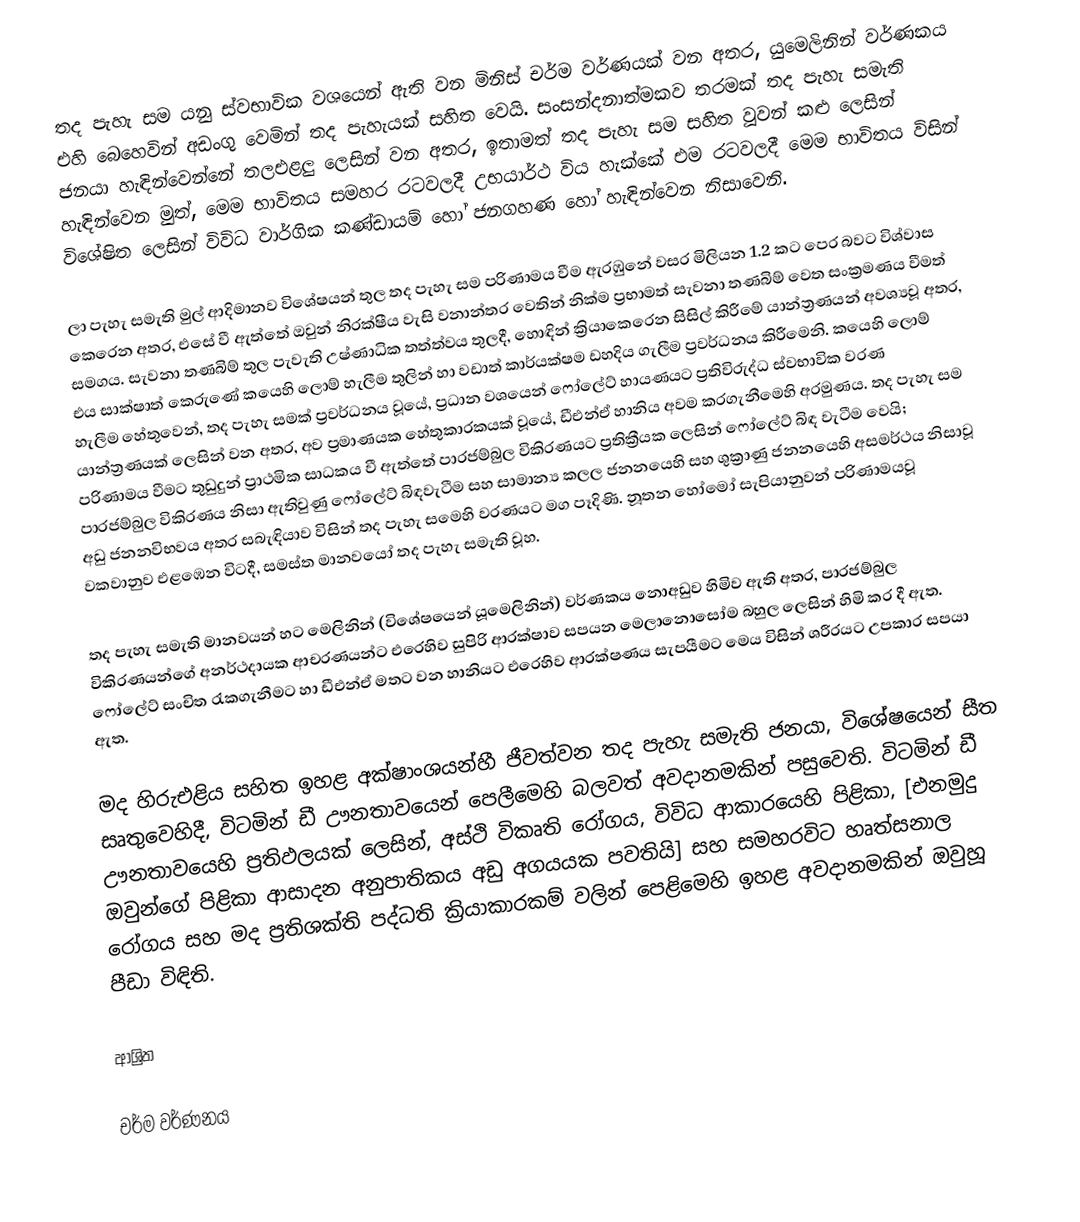
තද පැහැ සම යනු ස්වභාවික වශයෙන් ඇති වන මිනිස් චර්ම වර්ණයක් වන අතර,  යුමෙලිනින් වර්ණකය එහි බෙහෙවින් අඩංගු වෙමින් තද පැහැයක් සහිත වෙයි. සංසන්දනාත්මකව තරමක් තද පැහැ සමැති ජනයා හැඳින්වෙන්නේ තලඑළලු ලෙසින් වන අතර, ඉතාමත් තද පැහැ සම සහිත වූවන්   කළු ලෙසින් හැඳින්වෙන මුත්, මෙම භාවිතය සමහර රටවලදී උභයාර්ථ විය හැක්කේ එම රටවලදී මෙම භාවිතය විසින් විශේෂිත ලෙසින් විවිධ වාර්ගික කණ්ඩායම් හෝ ජනගහණ හෝ හැඳින්වෙන නිසාවෙනි.

ලා පැහැ සමැති මුල් ආදිමානව විශේෂයන් තුල  තද පැහැ සම පරිණාමය වීම ඇරඹුනේ වසර මිලියන 1.2 කට පෙර බවට විශ්වාස කෙරෙන අතර, එසේ වී ඇත්තේ ඔවුන් නිරක්ෂීය වැසි වනාන්තර වෙතින් නික්ම  ප්‍රභාමත් සැවනා තණබිම් වෙත සංක්‍රමණය වීමත් සමගය.  සැවනා තණබිම් තුල පැවැති උෂ්ණාධික තත්ත්වය තුලදී, හොඳින් ක්‍රියාකෙරෙන සිසිල් කිරීමේ යාන්ත්‍රණයන් අවශ්‍යවූ අතර, එය සාක්ෂාත් කෙරුණේ කයෙහි ලොම් හැලීම තුලින් හා වඩාත් කාර්යක්ෂම  ඩහදිය ගැලීම ප්‍රවර්ධනය කිරීමෙනි. කයෙහි ලොම් හැලීම හේතුවෙන්, තද පැහැ සමක් ප්‍රවර්ධනය වූයේ, ප්‍රධාන වශයෙන් ෆෝලේට් හායණයට ප්‍රතිවිරුද්ධ ස්වභාවික වරණ යාන්ත්‍රණයක් ලෙසින් වන අතර, අව ප්‍රමාණයක හේතුකාරකයක් වූයේ, ඩීඑන්ඒ හානිය අවම කරගැනීමෙහි අරමුණය. තද පැහැ සම පරිණාමය වීමට තුඩුදුන් ප්‍රාථමික සාධකය වී ඇත්තේ පාරජම්බුල විකිරණයට ප්‍රතික්‍රීයක ලෙසින් ෆෝලේට් බිඳ වැටීම වෙයි; පාරජම්බුල විකිරණය නිසා ඇතිවුණු ෆෝලේට් බිඳවැටීම සහ සාමාන්‍ය  කලල ජනනයෙහි සහ ශුක්‍රාණු ජනනයෙහි අසමර්ථය නිසාවූ අඩු ජනනවිභවය අතර සබැඳියාව විසින් තද පැහැ සමෙහි වරණයට මග පෑදිණි. නූතන හෝමෝ සැපියානුවන් පරිණාමයවූ වකවානුව එළඹෙන විටදී, සමස්ත මානවයෝ තද පැහැ සමැති වූහ.

තද පැහැ සමැති මානවයන් හට මෙලිනින් (විශේෂයෙන්  යූමෙලිනින්) වර්ණකය නොඅඩුව හිමිව ඇති අතර, පාරජම්බුල විකිරණයන්ගේ අනර්ථදායක ආචරණයන්ට එරෙහිව සුපිරි ආරක්ෂාව සපයන  මෙලානොසෝම බහුල ලෙසින් හිමි කර දී ඇත. ෆෝලේට්  සංචිත රැකගැනීමට හා  ඩීඑන්ඒ මතට වන හානියට එරෙහිව ආරක්ෂණය සැපයීමට මෙය විසින් ශරීරයට උපකාර සපයා ඇත.

මද හිරුඑළිය සහිත ඉහළ අක්ෂාංශයන්හී ජීවත්වන තද පැහැ සමැති ජනයා, විශේෂයෙන් සීත සෘතුවෙහිදී, විටමින් ඩී ඌනතාවයෙන් පෙලීමෙහි බලවත් අවදානමකින් පසුවෙති. විටමින් ඩී ඌනතාවයෙහි ප්‍රතිඵලයක් ලෙසින්, අස්ථි විකෘති රෝගය, විවිධ ආකාරයෙහි පිළිකා,  [එනමුදු ඔවුන්ගේ පිළිකා ආසාදන  අනුපාතිකය අඩු අගයයක පවතියි] සහ සමහරවිට  හෘත්සනාල රෝගය සහ මද ප්‍රතිශක්ති පද්ධති ක්‍රියාකාරකම් වලින් පෙළිමෙහි ඉහළ අවදානමකින් ඔවුහූ පීඩා විඳිති.

ආශ්‍රිත

චර්ම වර්ණනය